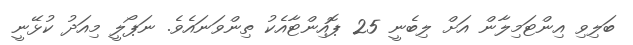
ބަލިވި އިންޓަމިލާން އަށް ލިބެނީ 25 ޕޮއިންޓާއެކު ތިންވަނައެވެ. ނަޕޯލީ މިއަދު ކުޅޭނީ